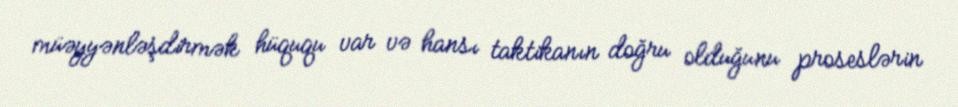
müəyyənləşdirmək hüququ var və hansı taktikanın doğru olduğunu proseslərin